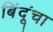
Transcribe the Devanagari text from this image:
बिंदूंचा